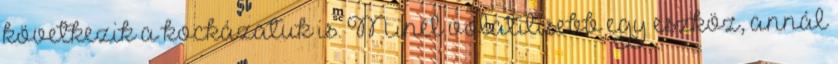
következik a kockázatuk is. Minél volatilisebb egy eszköz, annál